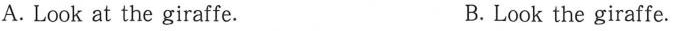
A. Look at the giraffe. B. Look the giraffe.